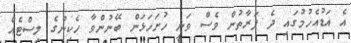
އެ އަޑުއެހުމުގައި ދެ ފަރާތުން ވެސް ވަނީ ހުށަހަޅަން ބޭނުންވާ ހެކިންގެ ލިސްޓެއް